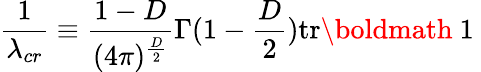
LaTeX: \frac{1}{\lambda_{cr}}\equiv\frac{1-D}{(4\pi)^{\frac{D}{2}}}\Gamma(1-\frac{D}{2})\mathrm{tr}\mathrm{\boldmath~1~}